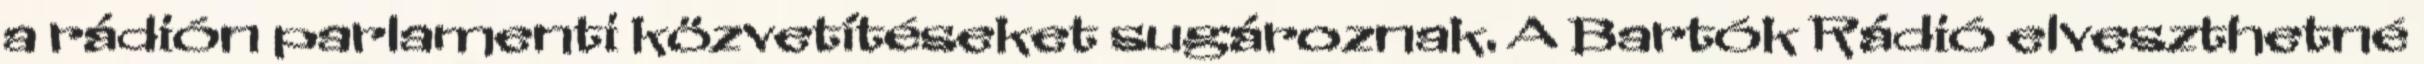
a rádión parlamenti közvetítéseket sugároznak. A Bartók Rádió elveszthetné